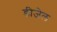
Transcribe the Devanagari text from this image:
डीजेल